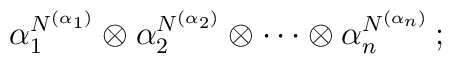
\alpha_1^{N^{(\alpha_1)}} \otimes \alpha_2^{N^{(\alpha_2)}}\otimes \cdots \otimes \alpha_n^{N^{(\alpha_n)}}\,;